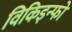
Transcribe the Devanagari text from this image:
विकिइन्फो